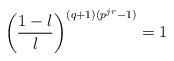
\begin{align*}\left(\frac{1-\l}{\l}\right)^{(q+1)(p^{jr}-1)} = 1\end{align*}